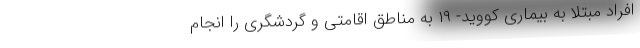
افراد مبتلا به بیماری کووید- ۱۹ به مناطق اقامتی و گردشگری را انجام